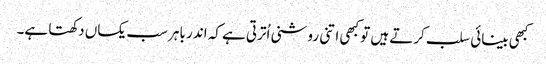
کبھی بینائی سلب کرتے ہیں تو کبھی اتنی روشنی اُترتی ہے کہ اندر باہر سب یکساں دکھتا ہے۔